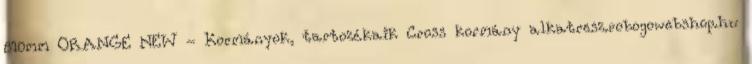
810mm ORANGE NEW - Kormányok, tartozékaik Cross kormány alkatresz.robogowebshop.hu